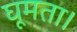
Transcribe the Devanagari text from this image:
घूमता।